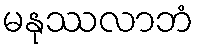
မနုဿလာဘံ